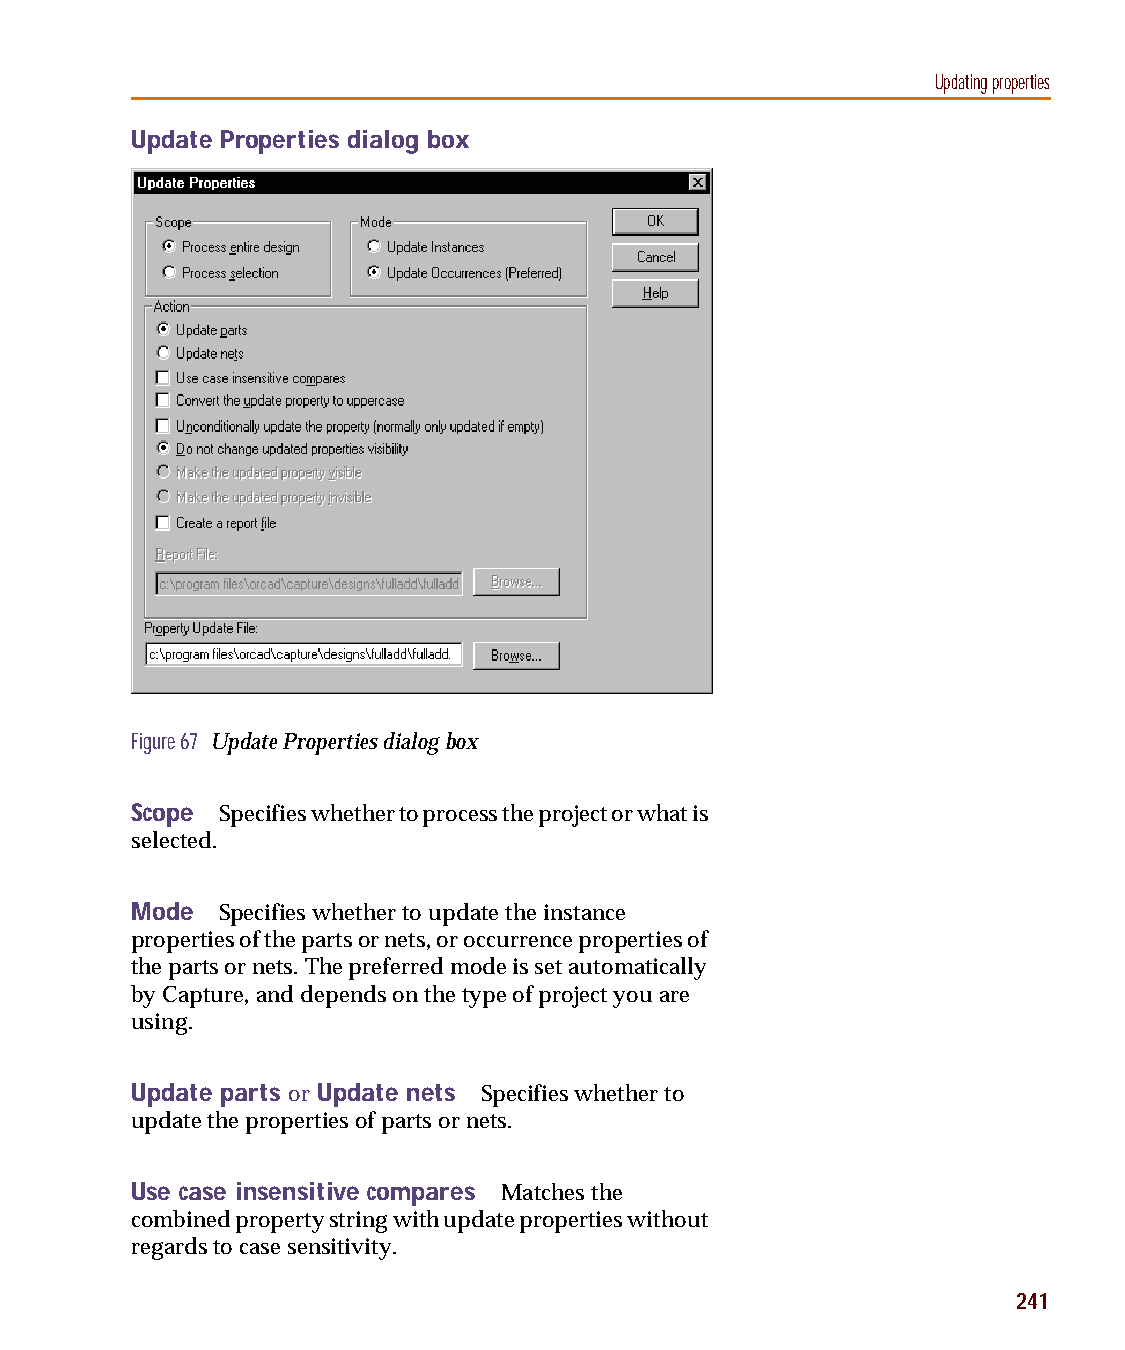
capug.book Page 241 Thursday, November 12, 1998 3:38 PM
 Updating properties
 Update Properties dialog box
 Figure 67 Update Properties dialog box
 Scope Specifies whether to process the project or what is
 selected.
 Mode Specifies whether to update the instance
 properties of the parts or nets, or occurrence properties of
 the parts or nets. The preferred mode is set automatically
 by Capture, and depends on the type of project you are
 using.
 Update parts or Update nets Specifies whether to
 update the properties of parts or nets.
 Use case insensitive compares Matches the
 combined property string with update properties without
 regards to case sensitivity.
 241